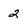
Character: 2